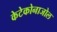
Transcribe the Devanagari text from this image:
केटेकोनाजोल